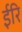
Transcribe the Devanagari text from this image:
ईरि